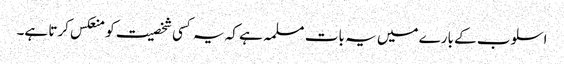
اسلوب کے بارے میں یہ بات مسلمہ ہے کہ یہ کسی شخصیت کو منعکس کرتا ہے۔